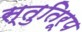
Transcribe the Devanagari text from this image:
स्तुतिरूप